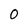
Character: 0